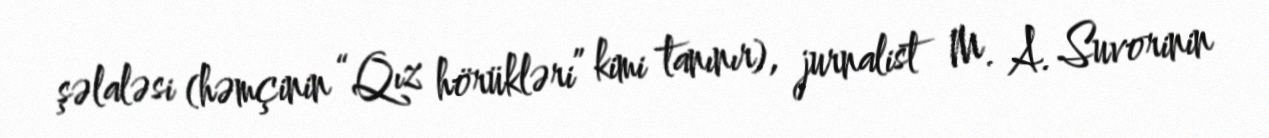
şəlaləsi (həmçinin “Qız hörükləri” kimi tanınır), jurnalist M. A. Suvorinin